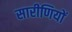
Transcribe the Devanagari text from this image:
सारीणियों